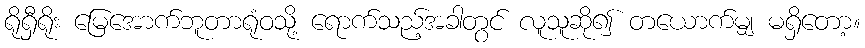
ရိုရှီရိုး မြေအောက်ဘူတာရုံဝသို့ ရောက်သည့်အခါတွင် လူသူဆို၍ တယောက်မျှ မရှိတော့။